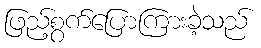
ဖြည့်စွက်ပြောကြားခဲ့သည်